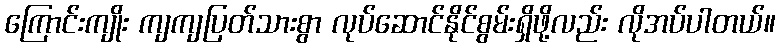
ကြောင်းကျိုး ကျကျပြတ်သားစွာ လုပ်ဆောင်နိုင်စွမ်းရှိဖို့လည်း လိုအပ်ပါတယ်။